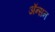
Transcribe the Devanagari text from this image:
ॲन्सन